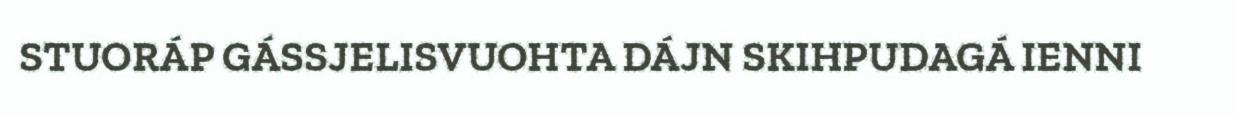
STUORÁP GÁSSJELISVUOHTA DÁJN SKIHPUDAGÁ IENNI